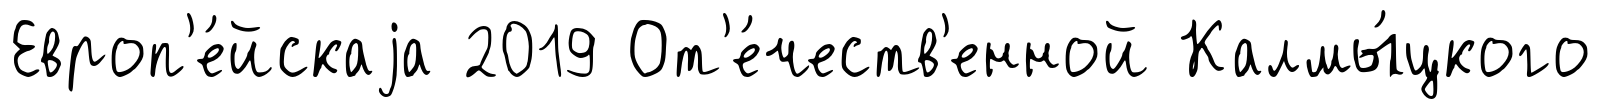
Европ'е́йскаjа 2019 От'е́честв'енной Калмы́цкого